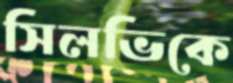
সিলভিকে